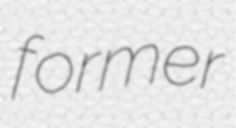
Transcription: former